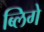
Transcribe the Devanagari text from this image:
ब्लिगे